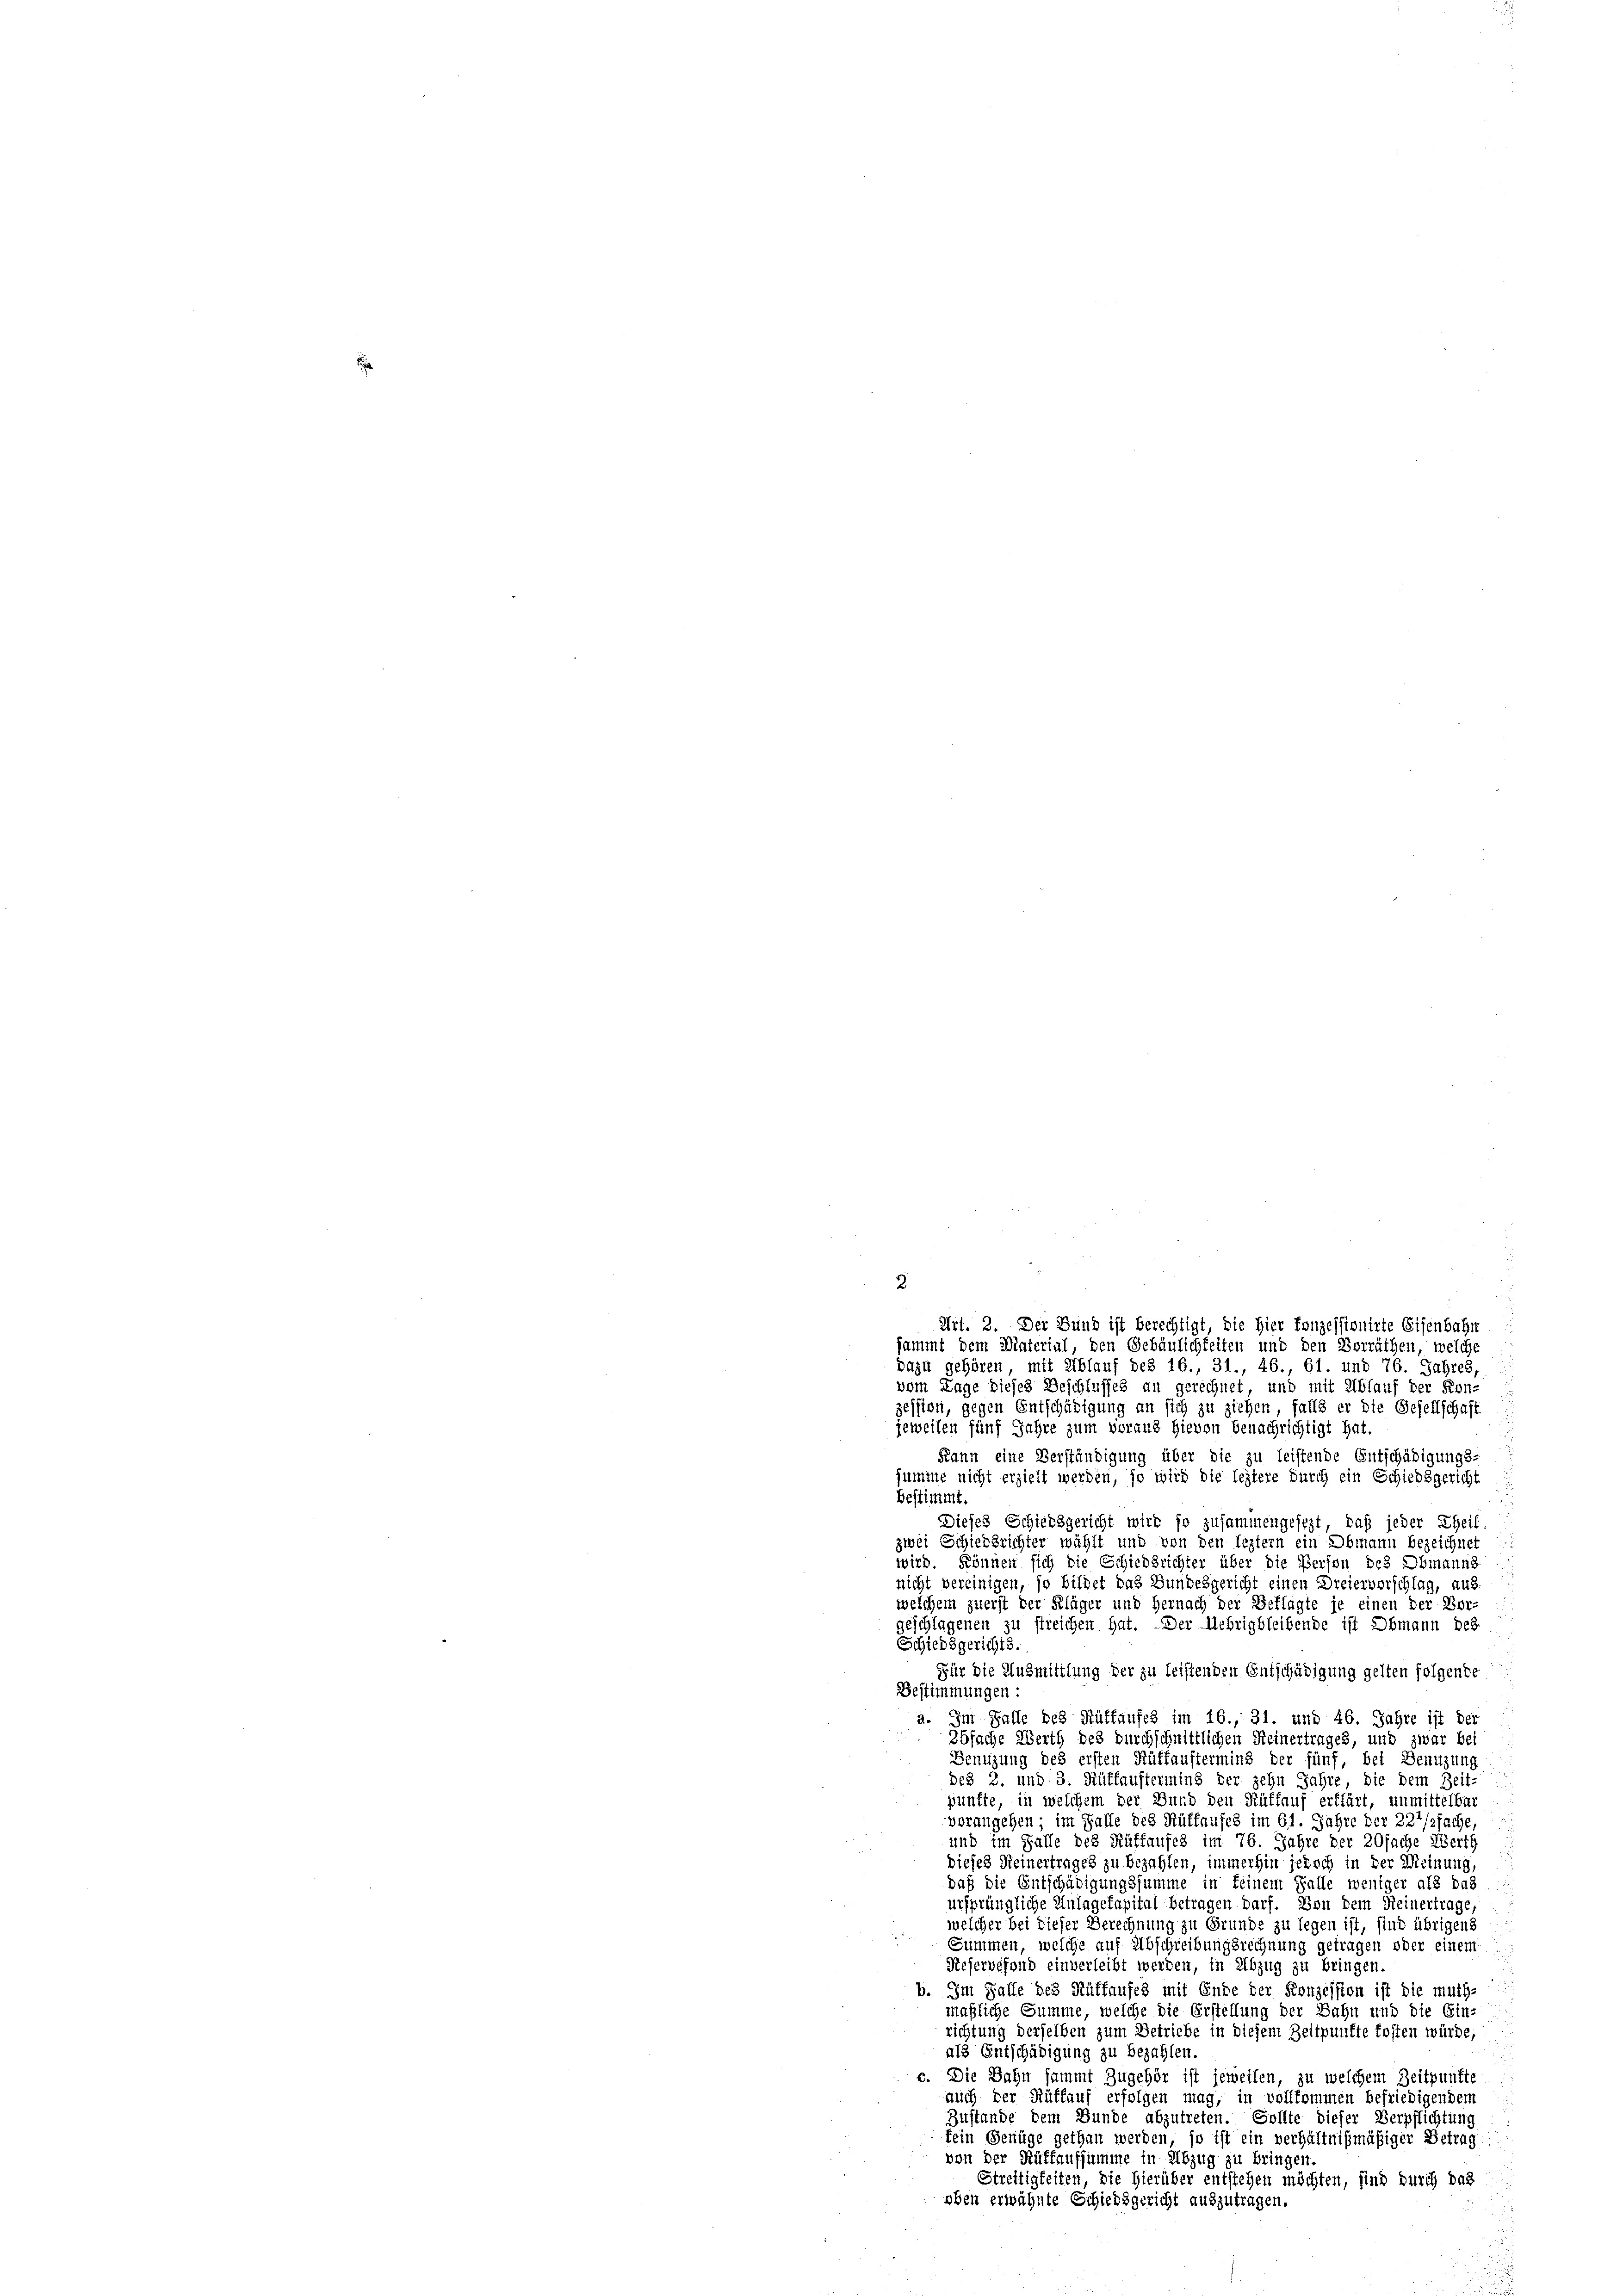
3

Art. 2. Der Bund ist berechtigt, die Hier konzessionirte Eisenbahn
sammt dem Material, den Gebäulichkeiten und den Vorräthen, welche
dazu gehören, mit Ablauf des 16., 31., 46., 61. und 76. Jahres,
vom Tage dieses Beschlusses an gerechnet, und mit Ablauf der Kon-
zession, gegen Entschädigung an sich zu ziehen, falls er die Gesellschaft
jeweilen fünf Jahre zum voraus hievon Benachrichtigt hat.
Kann eine Verständigung über die zu leistende Entschädigungs-
summe nicht erzielt werden, so wird die leztere durch ein Schiedsgericht
bestimmt.
Dieses Schiedsgericht wird so zusammengesezt, daß jeder Theil.
zwei Schiedsrichter wählt und von den leztern ein Obmann bezeichnet
wird. Können sich die Schiedsrichter über die Person des Obmanns
nicht vereinigen, so bildet das Bundesgericht einen Dreiervorschlag, aus.
welchem zuerst der Kläger und Hernach der Beklagte je einen der Vor-
geschlagenen zu streichen hat. Der Uebrigbleibende ist Obmann des
Schiedsgerichts.
Für die Ausmittlung der zu leistenden Entschädigung gelten folgende
Bestimmungen:
a. Im Falle des Auffaufes im 16., 31. und 46. Jahre ist der
25fache Werth des durchschnittlichen Heinertrages, und zwar bei
Benuzung des ersten Rüffauffermins der fünf, bei Benuzung
Des 2. und 3. Rüffauftermins der zehn Jahre die dem Zeit-
pünfte, in welchem der Bund den Rüffauf erklärt, unmittelbar
vorangehen; im Gaste des Rüffaufes im 61. Jahre der 227/2fache,
und im Falle des Rüffaufes im 76. Jahre der 20fache Werth
dieses Heinertrages zu bezahlen, immerhin jedoch in der Meinung
daß die Entschädigungssumme in keinem Falle weniger als das
ursprüngliche Anlagekapital betragen darf. Von dem Reinertrage,
welcher bei dieser Berechnung zu Grunde zu legen ist, sind übrigens
Summen, welche auf Abschreibungsrechnung getragen oder einem
Reservefond einverleibt werden, in Abzug zu bringen.
b. Im Falle des Rüffaufes mit Ende der Konzession ist die muth-
maßliche Summe, welche die Erstellung der Bahn und die Ein-
richtung derselben zum Betriebe in diesem Zeitpunkte kosten würde,
als Entschädigung zu bezahlen
c. Die Bahn sammt Zugehör ist jeweilen, zu welchem Zeitpunkte
auch der Rüffauf erfolgen mag, in vollkommen befriedigendem
Zustande dem Bunde abzutreten. Sollte dieser Verpflichtung
tein Genüge gethan werden, so ist ein verhältnißmäßiger Betrag
von der Rüffaufsumme in Abzug zu bringen.
Streitigkeiten, die hierüber entstehen möchten, sind durch das
oben erwähnte Schiedsgericht auszutragen.